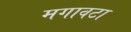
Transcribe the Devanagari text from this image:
मगावटा